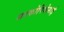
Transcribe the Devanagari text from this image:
सरकोपिथेसाई